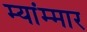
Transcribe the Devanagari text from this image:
म्यांम्मार